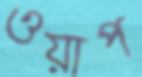
ওয়াপ